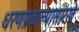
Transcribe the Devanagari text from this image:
धरणप्रकल्पासारखे